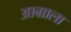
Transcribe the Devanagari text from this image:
आग्राला